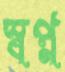
স্বপ্ন